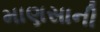
માણસાની